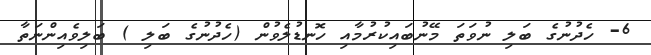
6- ހެދުނުގެ ބަލި ނުވަތަ މޭނުބައިކުރުމާއި ހޮނޑުލެވުން (ހެދުނުގެ ބަލި ) ބަލިވެއިންނަތާ